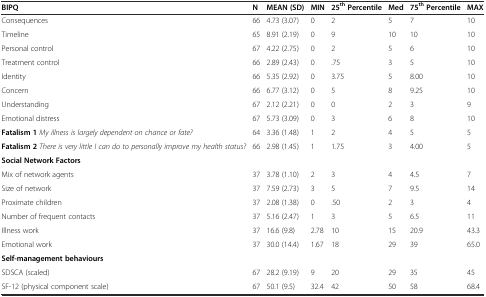
<table><thead><tr><td><b>BIPQ</b></td><td><b>N</b></td><td><b>MEAN (SD)</b></td><td><b>MIN</b></td><td><b>25<sup>th</sup>Percentile</b></td><td><b>Med</b></td><td><b>75<sup>th</sup>Percentile</b></td><td><b>MAX</b></td></tr></thead><tbody><tr><td>Consequences</td><td>66</td><td>4.73 (3.07)</td><td>0</td><td>2</td><td>5</td><td>7</td><td>10</td></tr><tr><td>Timeline</td><td>65</td><td>8.91 (2.19)</td><td>0</td><td>9</td><td>10</td><td>10</td><td>10</td></tr><tr><td>Personal control</td><td>67</td><td>4.22 (2.75)</td><td>0</td><td>2</td><td>5</td><td>6</td><td>10</td></tr><tr><td>Treatment control</td><td>66</td><td>2.89 (2.43)</td><td>0</td><td>.75</td><td>3</td><td>5</td><td>10</td></tr><tr><td>Identity</td><td>66</td><td>5.35 (2.92)</td><td>0</td><td>3.75</td><td>5</td><td>8.00</td><td>10</td></tr><tr><td>Concern</td><td>66</td><td>6.77 (3.12)</td><td>0</td><td>5</td><td>8</td><td>9.25</td><td>10</td></tr><tr><td>Understanding</td><td>67</td><td>2.12 (2.21)</td><td>0</td><td>0</td><td>2</td><td>3</td><td>9</td></tr><tr><td>Emotional distress</td><td>67</td><td>5.73 (3.09)</td><td>0</td><td>3</td><td>6</td><td>8</td><td>10</td></tr><tr><td><b>Fatalism 1</b><i>My illness is largely dependent on chance or fate?</i></td><td>64</td><td>3.36 (1.48)</td><td>1</td><td>2</td><td>4</td><td>5</td><td>5</td></tr><tr><td><b>Fatalism 2</b><i>There is very little I can do to personally improve my health status?</i></td><td>66</td><td>2.98 (1.45)</td><td>1</td><td>1.75</td><td>3</td><td>4.00</td><td>5</td></tr><tr><td><b>Social Network Factors</b></td><td></td><td></td><td></td><td></td><td></td><td></td><td></td></tr><tr><td>Mix of network agents</td><td>37</td><td>3.78 (1.10)</td><td>2</td><td>3</td><td>4</td><td>4.5</td><td>7</td></tr><tr><td>Size of network</td><td>37</td><td>7.59 (2.73)</td><td>3</td><td>5</td><td>7</td><td>9.5</td><td>14</td></tr><tr><td>Proximate children</td><td>37</td><td>2.08 (1.38)</td><td>0</td><td>.50</td><td>2</td><td>3</td><td>4</td></tr><tr><td>Number of frequent contacts</td><td>37</td><td>5.16 (2.47)</td><td>1</td><td>3</td><td>5</td><td>6.5</td><td>11</td></tr><tr><td>Illness work</td><td>37</td><td>16.6 (9.8)</td><td>2.78</td><td>10</td><td>15</td><td>20.9</td><td>43.3</td></tr><tr><td>Emotional work</td><td>37</td><td>30.0 (14.4)</td><td>1.67</td><td>18</td><td>29</td><td>39</td><td>65.0</td></tr><tr><td><b>Self-management behaviours</b></td><td></td><td></td><td></td><td></td><td></td><td></td><td></td></tr><tr><td>SDSCA (scaled)</td><td>67</td><td>28.2 (9.19)</td><td>9</td><td>20</td><td>29</td><td>35</td><td>45</td></tr><tr><td>SF-12 (physical component scale)</td><td>67</td><td>50.1 (9.5)</td><td>32.4</td><td>42</td><td>50</td><td>58</td><td>68.4</td></tr></tbody></table>